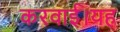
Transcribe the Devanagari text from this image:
करवाई।यह